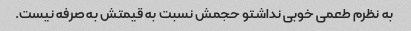
به نظرم طعمی خوبی نداشتو حجمش نسبت به قیمتش به صرفه نیست.